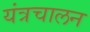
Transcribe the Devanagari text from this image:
यंत्रचालन